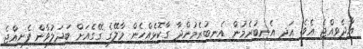
އާދެވިއްޖެ އެވެ. އަދި އެނބުރެމުން އެނބުރެމުންދާ ގާކޮޅެއްހެން މާލޭގެ ގޭގެއަށް ބަދަލުވާން ފެށިއްޖެ